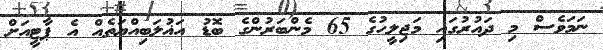
ނަމަވެސް މި ދައުރުގައި މަޖިލީހުގެ 65 މެންބަރުންގެ ބޮޑު އަޣުލަބިއްޔަތެއް އެ ޕާޓީއަށް